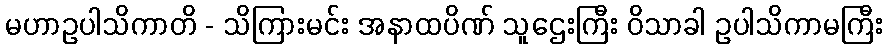
မဟာဥပါသိကာတိ - သိကြားမင်း အနာထပိဏ် သူဌေးကြီး ဝိသာခါ ဥပါသိကာမကြီး